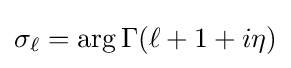
\sigma _{\ell }=\arg \Gamma (\ell +1+i\eta )